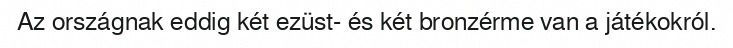
Az országnak eddig két ezüst- és két bronzérme van a játékokról.